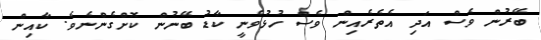
ބޭރުން ވެސް އަދި އެތެރެއިން ވެސް ހުޅުވެނީ ކާޑު ބޭނުން ކޮށްގެންނެވެ. ކާއިން